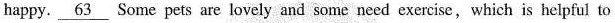
happy. \underline {63} Some pets are lovely and some need exercise, which is helpful to